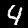
Digit: 4